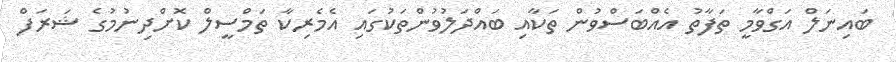
ބައިނަލް އަގްވާމީ ތަފާތު އެއްބަސްވުން ތަކާއި ބައްދަލުވުންތަކުގައި އެމެރިކާ ތަމްސީލް ކޮށްދިނުމުގެ ޝަރަފް